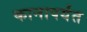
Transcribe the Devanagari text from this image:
कानापर्यंत